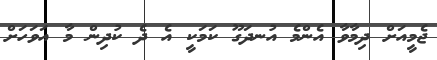
ޖެމީއަށް ދިމާވާ އެންމެ އުނދަގޫ ކަމަކީ އެ ދެ ކުދިން މާ އަވަހަށް